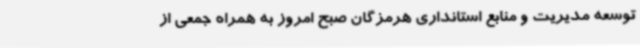
توسعه مدیریت و منابع استانداری هرمزگان صبح امروز به همراه جمعی از